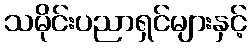
သမိုင်းပညာရှင်များနှင့်